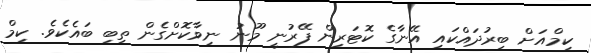
ކިމްއަށް ބިރުދައްކައި އޭނާގެ ކޮޓަރިން ފޭރުނީ މޫނު ނިވާކޮށްގެން ތިބި ބައެކެވެ. ކިމް